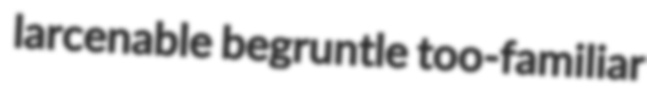
larcenable begruntle too-familiar